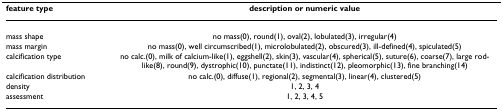
<table><thead><tr><td><b>feature type</b></td><td><b>description or numeric value</b></td></tr></thead><tbody><tr><td>mass shape</td><td>no mass(0), round(1), oval(2), lobulated(3), irregular(4)</td></tr><tr><td>mass margin</td><td>no mass(0), well circumscribed(1), microlobulated(2), obscured(3), ill-defined(4), spiculated(5)</td></tr><tr><td>calcification type</td><td>no calc.(0), milk of calcium-like(1), eggshell(2), skin(3), vascular(4), spherical(5), suture(6), coarse(7), large rod-like(8), round(9), dystrophic(10), punctate(11), indistinct(12), pleomorphic(13), fine branching(14)</td></tr><tr><td>calcification distribution</td><td>no calc.(0), diffuse(1), regional(2), segmental(3), linear(4), clustered(5)</td></tr><tr><td>density</td><td>1, 2, 3, 4</td></tr><tr><td>assessment</td><td>1, 2, 3, 4, 5</td></tr></tbody></table>